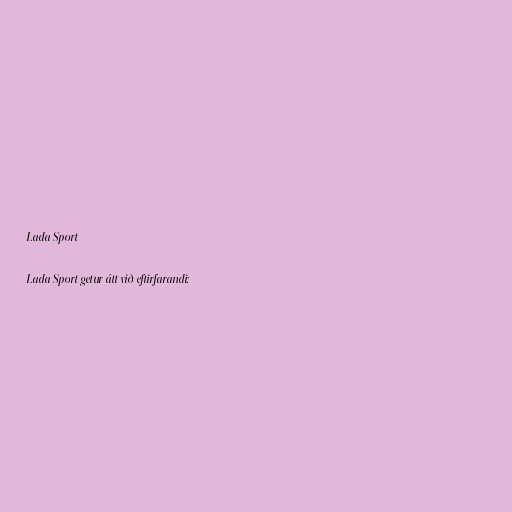
Lada Sport

Lada Sport getur átt við eftirfarandi: